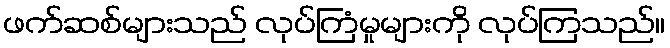
ဖက်ဆစ်များသည် လုပ်ကြံမှုများကို လုပ်ကြသည်။